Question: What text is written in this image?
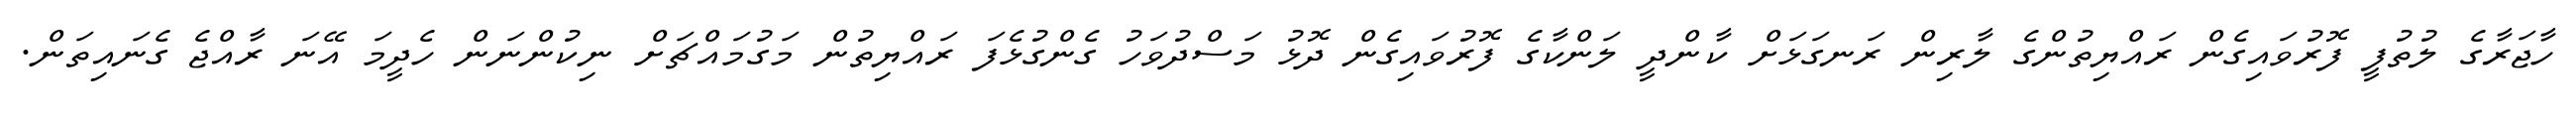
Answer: ހާޖަރާގެ ލުތުފީ ފޮރުވައިގެން ރައްޔިތުންގެ ލާރިން ރަނގަޅަށް ކާންދީ ލަންކާގެ ފޮރުވައިގެން ދޮޅު މަސްދުވަހު ގެންގުޅެފަ ރައްޔިތުން މަގުމައްޗަށް ނިކުންނަން ހެދީމަ އޭނަ ރާއްޖެ ގެނައިތަން.